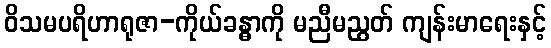
ဝိသမပရိဟာရုဇာ-ကိုယ်ခန္ဓာကို မညီမညွတ် ကျန်းမာရေးနှင့်